Rangoon Lunatic Asylum 1893-1897 - 1893-1897
Year: 1893
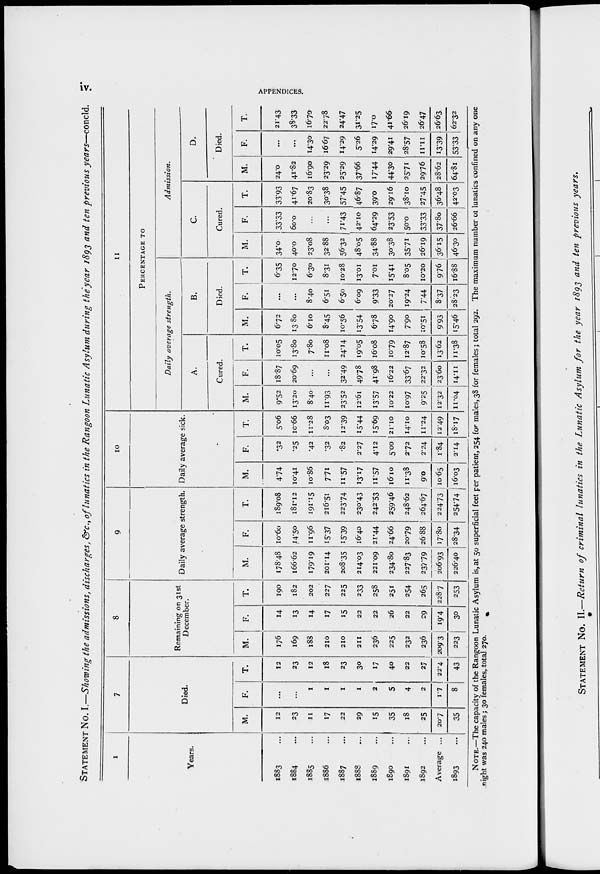
iv.
APPENDICES.
STATEMENT No. I.—Showing the admissions, discharges, &c., of lunatics in the Rangoon Lunatic Asylum during the year 1893 and ten previous
years—concld.
1
Years.
1883 ...
1884 ...
1885 ...
1886 ...
1887 ...
1888 ...
1889 ...
1890 ...
1891 ...
1892 ...
Average ...
1893 ...
7
Died.
M.
12
23
11
17
22
29
15
35
18
25
207
35
F.
...
...
1
1
1
1
2
5
4
2
1.7
8
T.
12
23
12
18
23
30
17
40
22
27
22.4
43
8
Remaining on 31st
December.
M.
176
169
188
210
210
211
236
225
232
236
209.3
223
F.
14
13
14
17
15
22
22
26
22
29
19.4
30
T.
190
182
202
227
225
233
258
251
254
265
228.7
253
9
Daily average strength.
M.
178.48
166.62
179.19
201.14
208.35
214.03
221.09
234.80
227.83
237.79
206.93
226.40
F.
10.60
14.50
11.96
I5.37
I5.39
16.40
21.44
24.66
20.79
26.88
17.80
28.34
T.
189.08
181.12
191.15
216.51
223.74
230.43
242.53
259.46
248.62
264.67
224.73
254.74
10
Daily average sick.
M.
4.74
10.41
10.86
7.71
11.57
13.17
11.57
16.10
11.38
9.0
10.65
16.03
F.
.32
.25
.42
.32
.82
2.27
4.12
5.00
2.72
2.24
1.84
2.14
T.
5.06
10.66
11.28
8.03
12.39
15.44
15.69
21.10
14.10
11.24
12.49
18.17
11
PERCENTAGE TO
Daily average
strength.
A.
Cured.
M.
9.52
13.20
8.40
11.93
23.52
12.61
13.57
10.22
10.97
9.25
12.32
11.04
F.
18.87
20.69
...
...
32.49
49.78
41.98
16.22
33.67
22.32
23.60
14.11
T.
10.05
13.80
7.80
11.08
24.14
19.05
16.08
10.79
12.87
10.58
13.62
11.38
B.
Died.
M.
6.72
13.80
6.10
8.45
10.56
13.54
6.78
14.90
7.90
10.51
9.93
15.46
F.
...
...
8.40
6.51
6.50
6.09
9.33
20.27
19.24
7.44
8.37
28.23
T.
6.35
12.70
630
8.31
10.28
13.01
7.01
15.41
8.05
10.20
9.76
16.88
Admission.
C.
Cured.
M.
34.0
40.0
23.08
3288
56.32
48.05
34.88
30.38
35.71
26.19
36.15
46.30
F.
33.33
6o.o
...
...
71.43
42.10
64.29
23.53
50.0
33.33
37.8o
26.66
T.
33.93
41.67
20.83
30.38
57.45
46.87
39.0
29.16
38.10
27.45
36.48
42.03
D.
Died.
M.
24.0
41.82
16.90
23.29
25.29
37.66
17.44
44.30
25.71
29.76
28.62
64.81
F.
...
...
14.30
16.67
14.29
5.26
14.29
29.41
28.57
11.11
13.39
53.33
T.
21.43
38.33
16.70
22.78
24.47
31.25
17.0
41.66
26.19
26.47
26.63
62.32
NOTE.—The capacity of the Rangoon Lunatic Asylum is, at 50 superficial feet per patient, 254 for males, 38 for females; total 292. The maximum number of lunatics confined on any one
night was 240 males; 30 females, total 270.